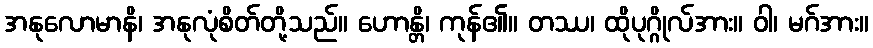
အနုလောမာနိ၊ အနုလုံစိတ်တို့သည်။ ဟောန္တိ၊ ကုန်၏။ တဿ၊ ထိုပုဂ္ဂိုလ်အား။ ဝါ၊ မဂ်အား။